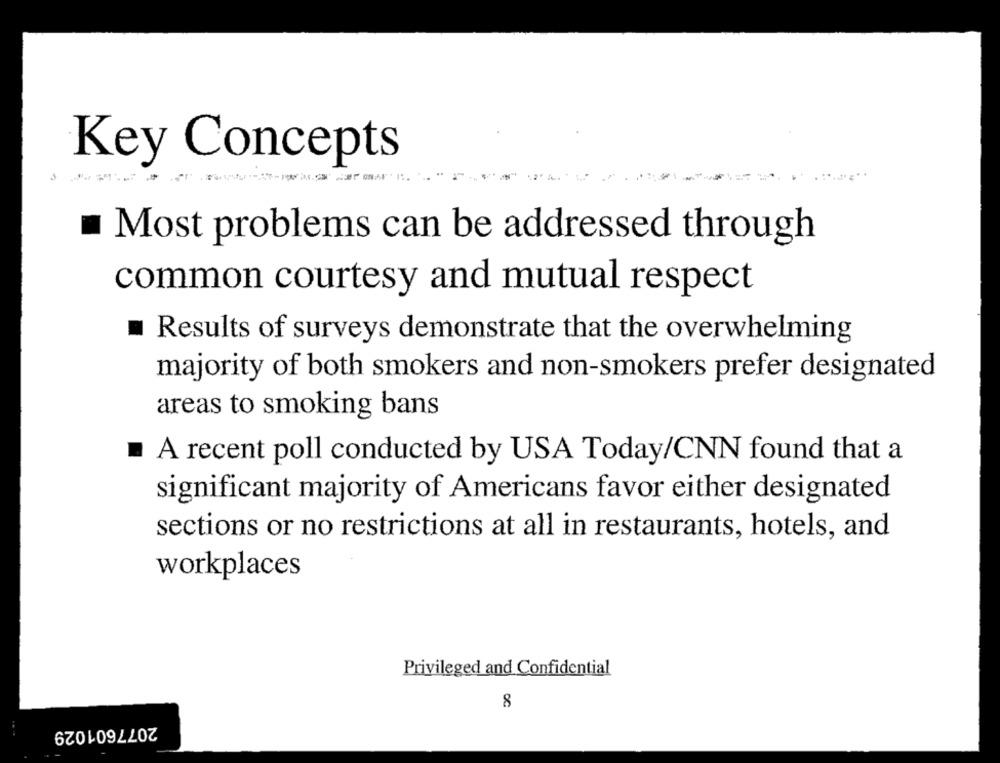
Key Concepts
Most problems can be addressed through
common courtesy and mutual respect
Results of surveys demonstrate that the overwhelming
majority of both smokers and non-smokers prefer designated
areas to smoking bans
A recent poll conducted by USA Today/CNN found that a
significant majority of Americans favor either designated
sections or no restrictions at all in restaurants, hotels, and
workplaces
Privileged and Confidential
8
2077601029